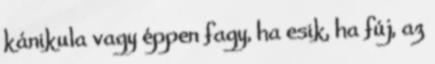
kánikula vagy éppen fagy, ha esik, ha fúj, az